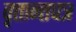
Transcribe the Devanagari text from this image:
वृत्तान्तपत्र